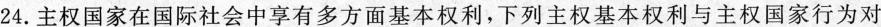
24.主权国家在国际社会中享有多方面基本权利，下列主权基本权利与主权国家行为对